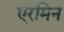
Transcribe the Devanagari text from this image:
एरमिन